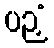
ပဉှံ